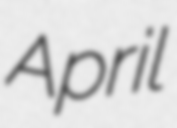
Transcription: April